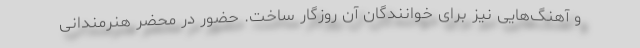
و آهنگ‌هایی نیز برای خوانندگان آن روزگار ساخت. حضور در محضر هنرمندانی